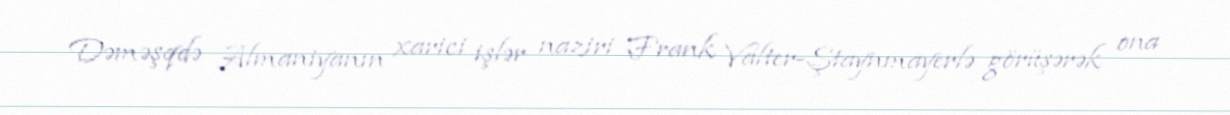
Dəməşqdə Almaniyanın xarici işlər naziri Frank Valter-Ştaynmayerlə görüşərək ona